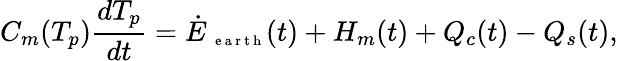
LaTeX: C_{m}(T_{p})\frac{dT_{p}}{dt}=\dot{E}_{\mathrm{~\scriptsize~e~a~r~t~h~}}(t)+H_{m}(t)+Q_{c}(t)-Q_{s}(t),